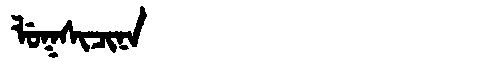
Manchu: ᠯᡠᡴᠰᡳᠴᡳᠨᠠ
Romanization: LUKSICINA